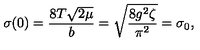
\sigma ( 0 ) = \frac { 8 T \sqrt { 2 \mu } } { b } = \sqrt { \frac { 8 g ^ { 2 } \zeta } { \pi ^ { 2 } } } = \sigma _ { 0 } ,